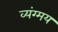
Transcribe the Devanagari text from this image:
व्यंग्मय